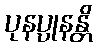
ပုနပ္ပုနန္တိ